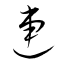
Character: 連